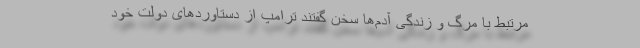
مرتبط با مرگ و زندگی آدم‌ها سخن گفتند ترامپ از دستاوردهای دولت خود